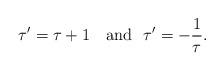
LaTeX: \begin{align*}\tau'=\tau +1 ~~~\textrm{and} ~~\tau' = -\frac{1}{\tau}.\end{align*}